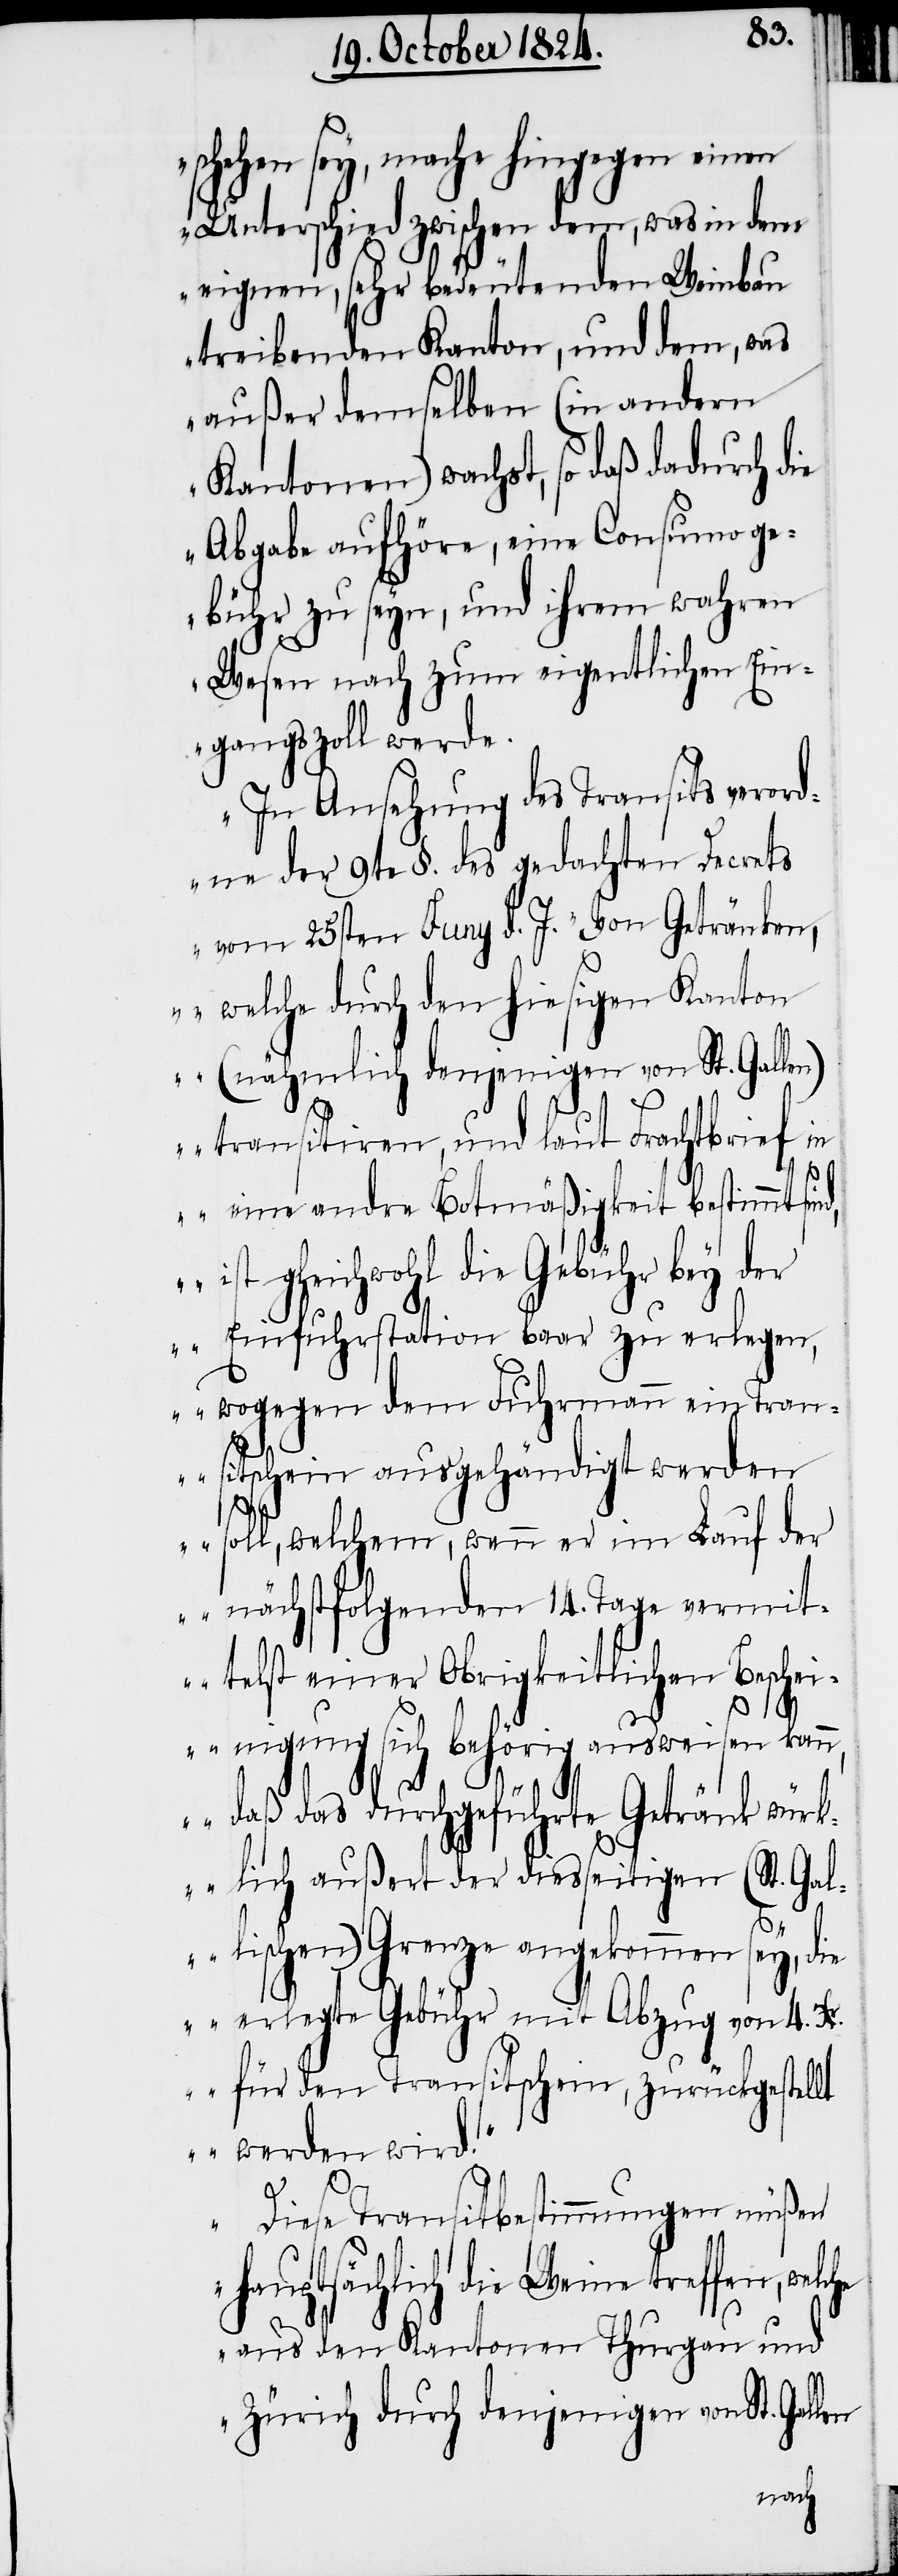
schehen sey, mache hingegen einen
Unterschied zwischen dem, was in dem
eignen, sehr bedeutenden Weinbau
treibenden Kanton, und dem, was
außer demselben (in andern
Kantonen) wachst, so daß dadurch die
Abgabe aufhöre, eine Consumo ge¬
bühr zu seyn, und ihrem wahren
Wesen nach zum eigentlichen Ein¬
gangszoll werde.
In Ansehung des Transits verord¬
ne der 9te §. des gedachten Decrets
vom 25sten Juny d. J. „Von Getränken,
welche durch den hiesigen Kanton
(nähmlich denjenigen von St. Gallen)
transitiren, und laut Frachtbrief i¬
d,
n eine andre Botmäßigkeit bestimmt sin¬
ist gleichwohl die Gebühr bey d¬
er Einfuhrstation baar zu erlegen,
wogegen dem Fuhrmann ein Tran¬
sitschein ausgehändigt werden
soll, welchem, wenn er im Lauf der
nächstfolgenden 14. Tage vermit¬
telst einer Obrigkeitlichen Beschei¬
nigung sich behörig ausweisen kan¬
n, daß das durchgeführte Getränk würk¬
lich außert der diesseitigen (St. Gal¬
lischen) Grenze angekommen sey, die
erlegte Gebühr mit Abzug von 4. Xr.
für den Transitschein, zurückgestellt
werden wird.“
len
Diese Transitbestimmungen müßen
hauptsächlich die Weine treffen, wel¬
aus den Kantonen Thurgau und
Zürich durch denjenigen von St. Gal¬